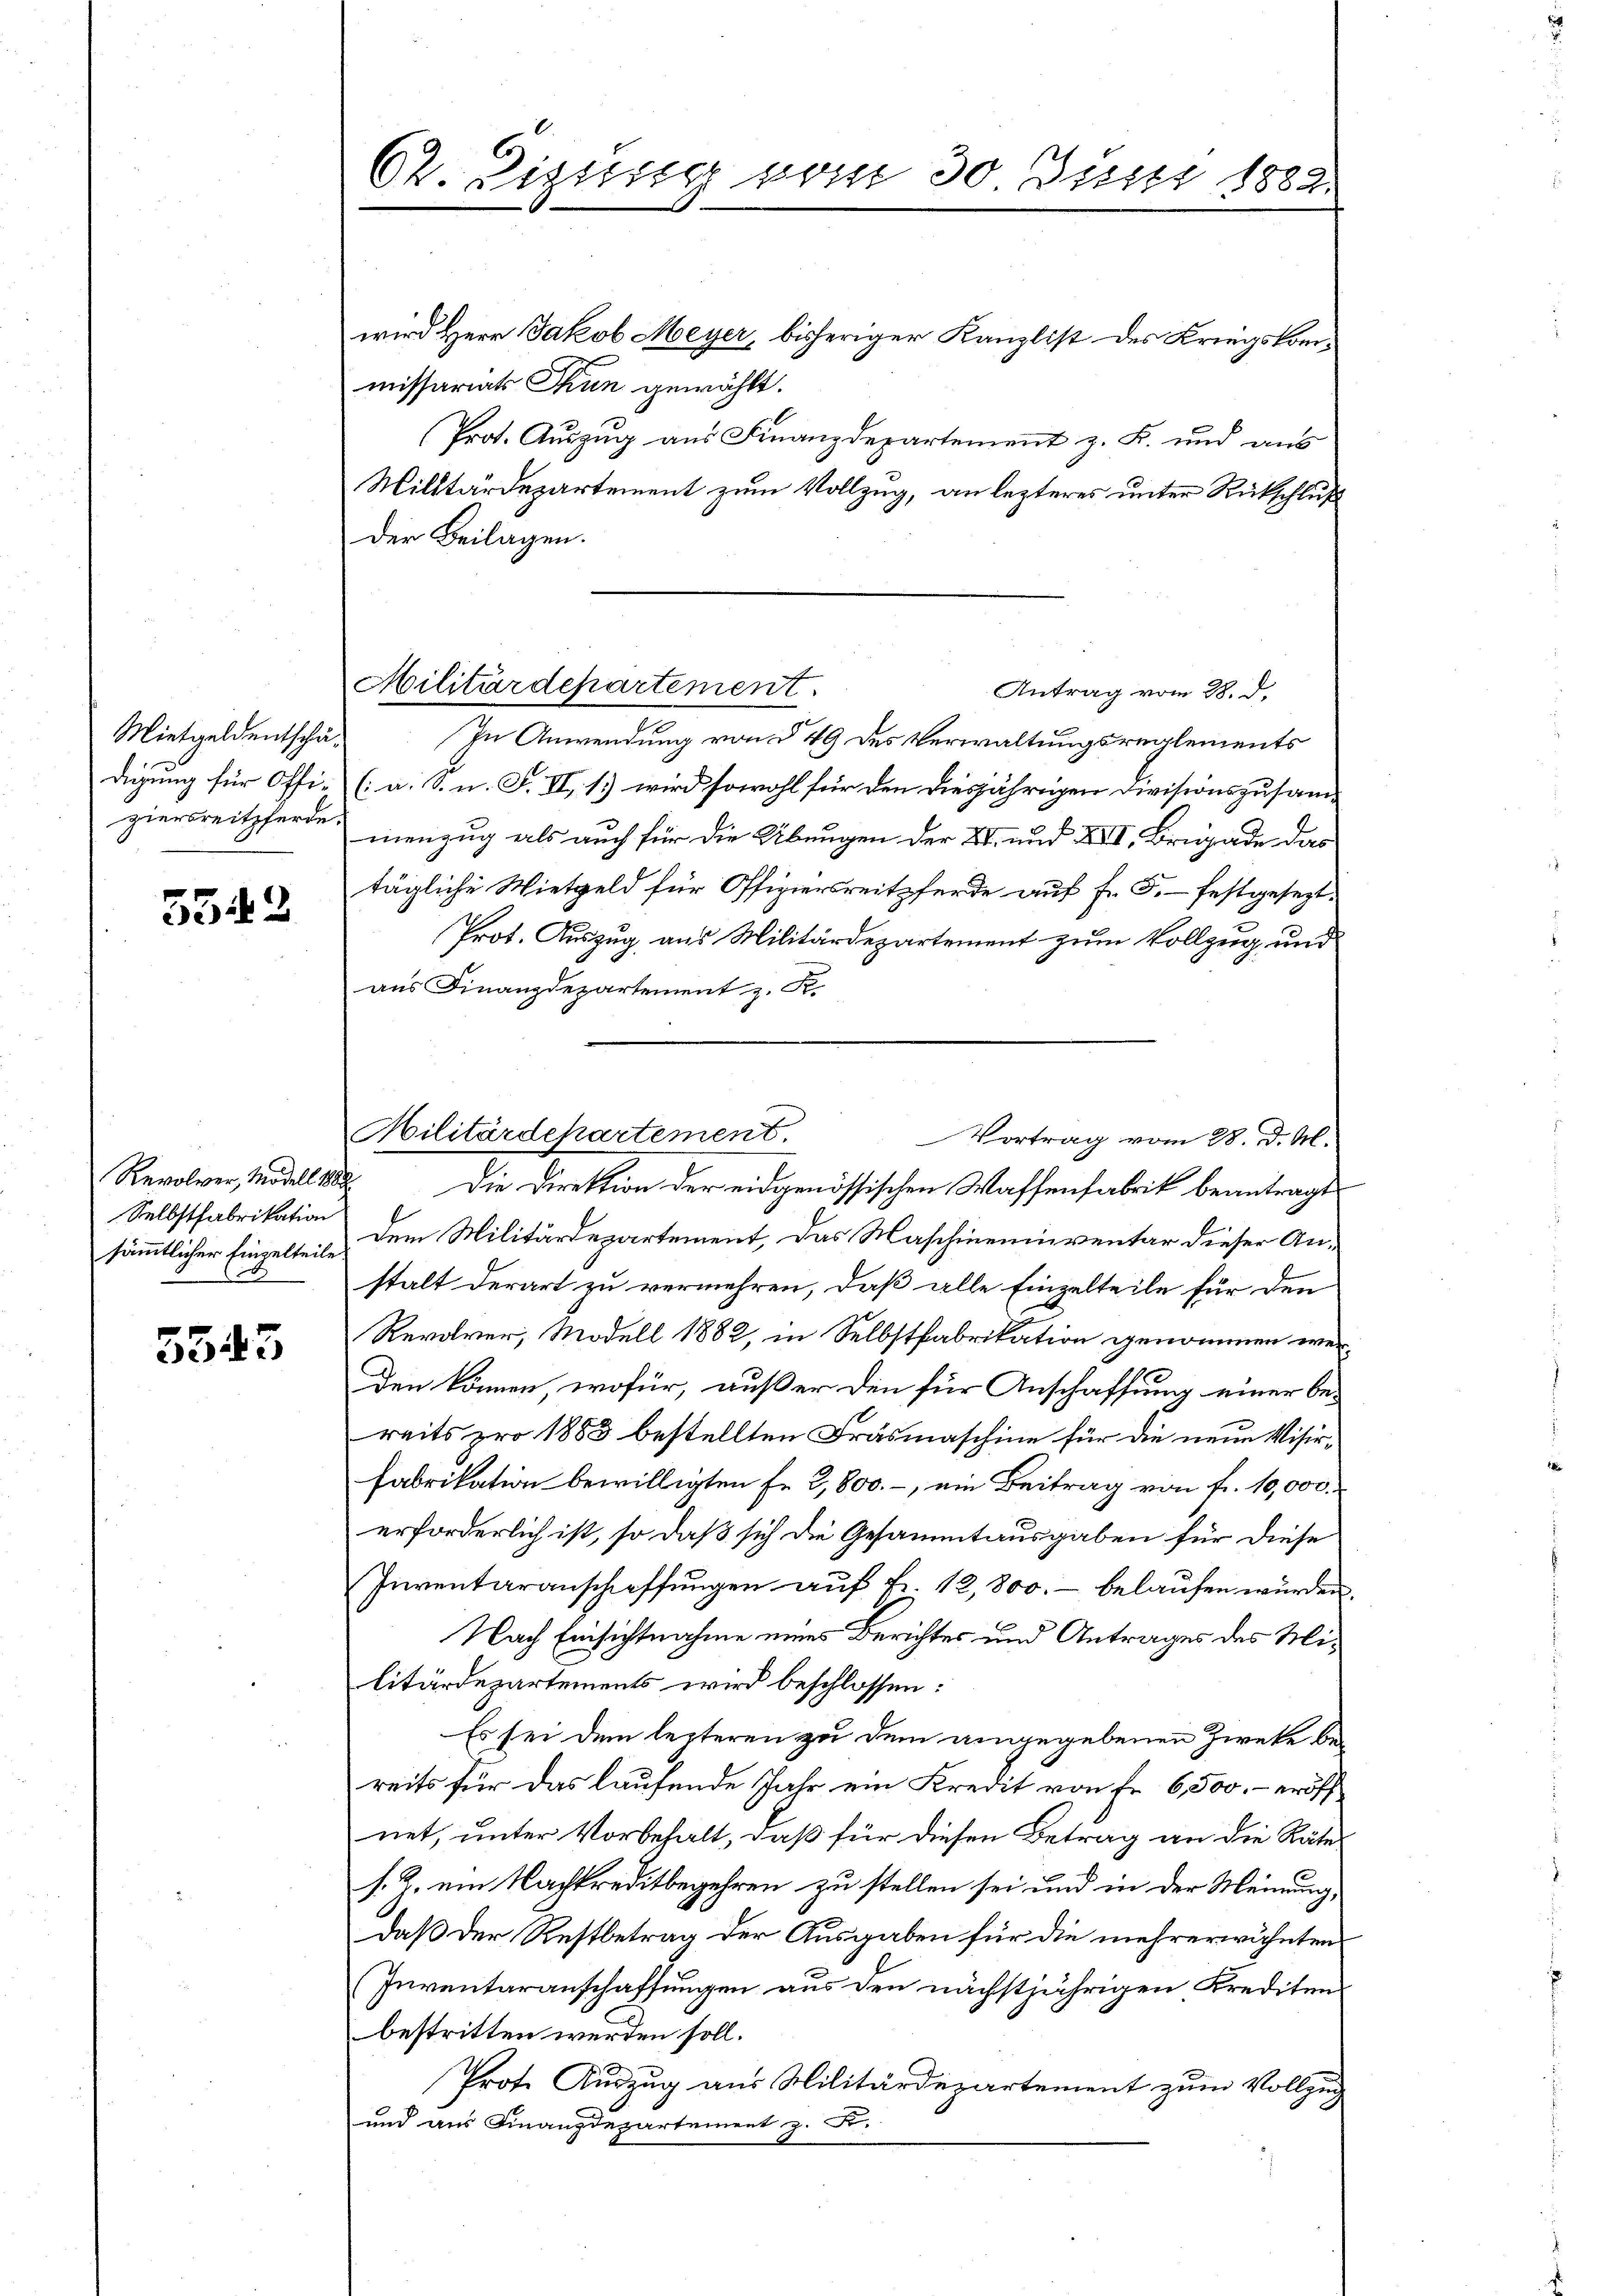
Mietgeldentschädigung für Offi¬

5542

Revolver, Modell 1882
Selbstfabrikation

5543

wird Herr Jakob Meyer, bisheriger Kanzlist des Kriegskommissariats Thun gewählt.
Prot. Auszug aus Finanzdepartement z. B. und aus
Militärdepartement zum Vollzug, an lezteres unter Rückschluß
der Beilagen.
In Anwendung von § 49 des Verwaltungsreglements
(a. S. n. F. VI, 1.) wird sowohl für den diesjährigen Divisionszusamziersreitpferde nenzug als auch für die Übungen der 28. und XII. Brigade das
tägliche Wietgeld für Offiziersreitpferde auf Fr. 5. festgesezt.
Prot. Auszug aus Militärdepartement zum Vollzug und
aus Finanzdepartement z. S.
Die Direktion der eidgenössischen Wassenfabrik beantragt
sämmtlicher Einzelteile dem Militärdepartement, das Maschineinventar dieser Anstalt derart zu vermehren, daß alle Einzelteile für den
Revolver, Modell 1882, in Selbstfabrikation genommen werden können, wofür, außer den für Anschaffung einer bereits pro 1883 bestellten Fräsmaschine für die neue Visirfabrikation bewilligten Fr. 3,800.-, ein Beitrag von fr. 10,000.
erforderlich ist, so daß sich die Gesammtausgaben für diese
Inventaranschaffungen auf Fr. 12,800.- belaufen würden.
Nach Einsichtnahme eines Berichtes und Antrages des Militärdepartements wird beschlossen:
Es sei dem lezteren zu dem angegebenen Zwecke bereits für das laufende Jahr ein Kredit von Fr. 6,500.- eröff
net, unter Vorbehalt, daß für diesen Betrag an die Räte
s. Z. ein Nachkreditbegehren zu stellen sei und in der Meinung,
daß der Restbetrag der Ausgaben für die mehrerwähnten
Inventaranschaffungen aus den nächstjährigen Krediten
bestritten werden soll.
Prote Auszug aus Militärdepartement zum Vollzug
und aus Finanzdepartement z. B.

62. Dizung vom 30 Juni 1882.

Militärdepartement.
Antrag vom 28. d.

Militärdepartement.
Vortrag vom 28. d. M.